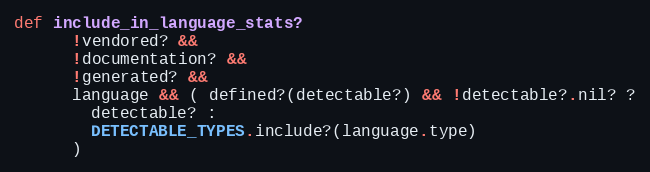
Language: Ruby
def include_in_language_stats?
      !vendored? &&
      !documentation? &&
      !generated? &&
      language && ( defined?(detectable?) && !detectable?.nil? ?
        detectable? :
        DETECTABLE_TYPES.include?(language.type)
      )